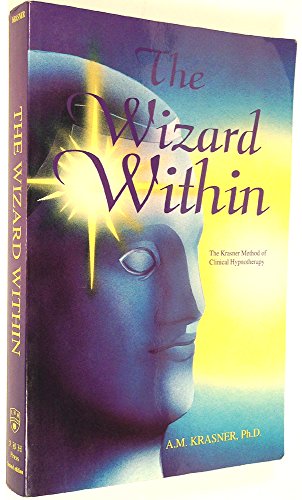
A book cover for The Wizard Within:  The Krasner Method of Clinical Hypnotherapy; A. M. Krasner; Health, Fitness & Dieting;